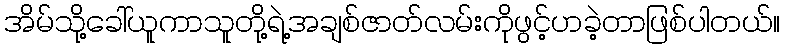
အိမ်သို့ခေါ်ယူကာသူတို့ရဲ့အချစ်ဇာတ်လမ်းကိုဖွင့်ဟခဲ့တာဖြစ်ပါတယ်။